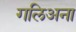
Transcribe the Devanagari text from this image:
गलिअना